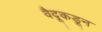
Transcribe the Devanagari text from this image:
वैदूकडून